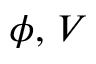
\phi , \, V